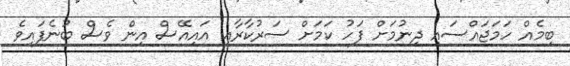
ބިމެއް ހަމަޖައްސައި ދިނުމަށް ފަހު ކަމަށް ސަރުކާރާއި އައިއޭސް އިން ވެސް ބުނެފައިވެ